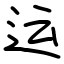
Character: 运